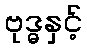
ဗုဒ္ဓနှင့်